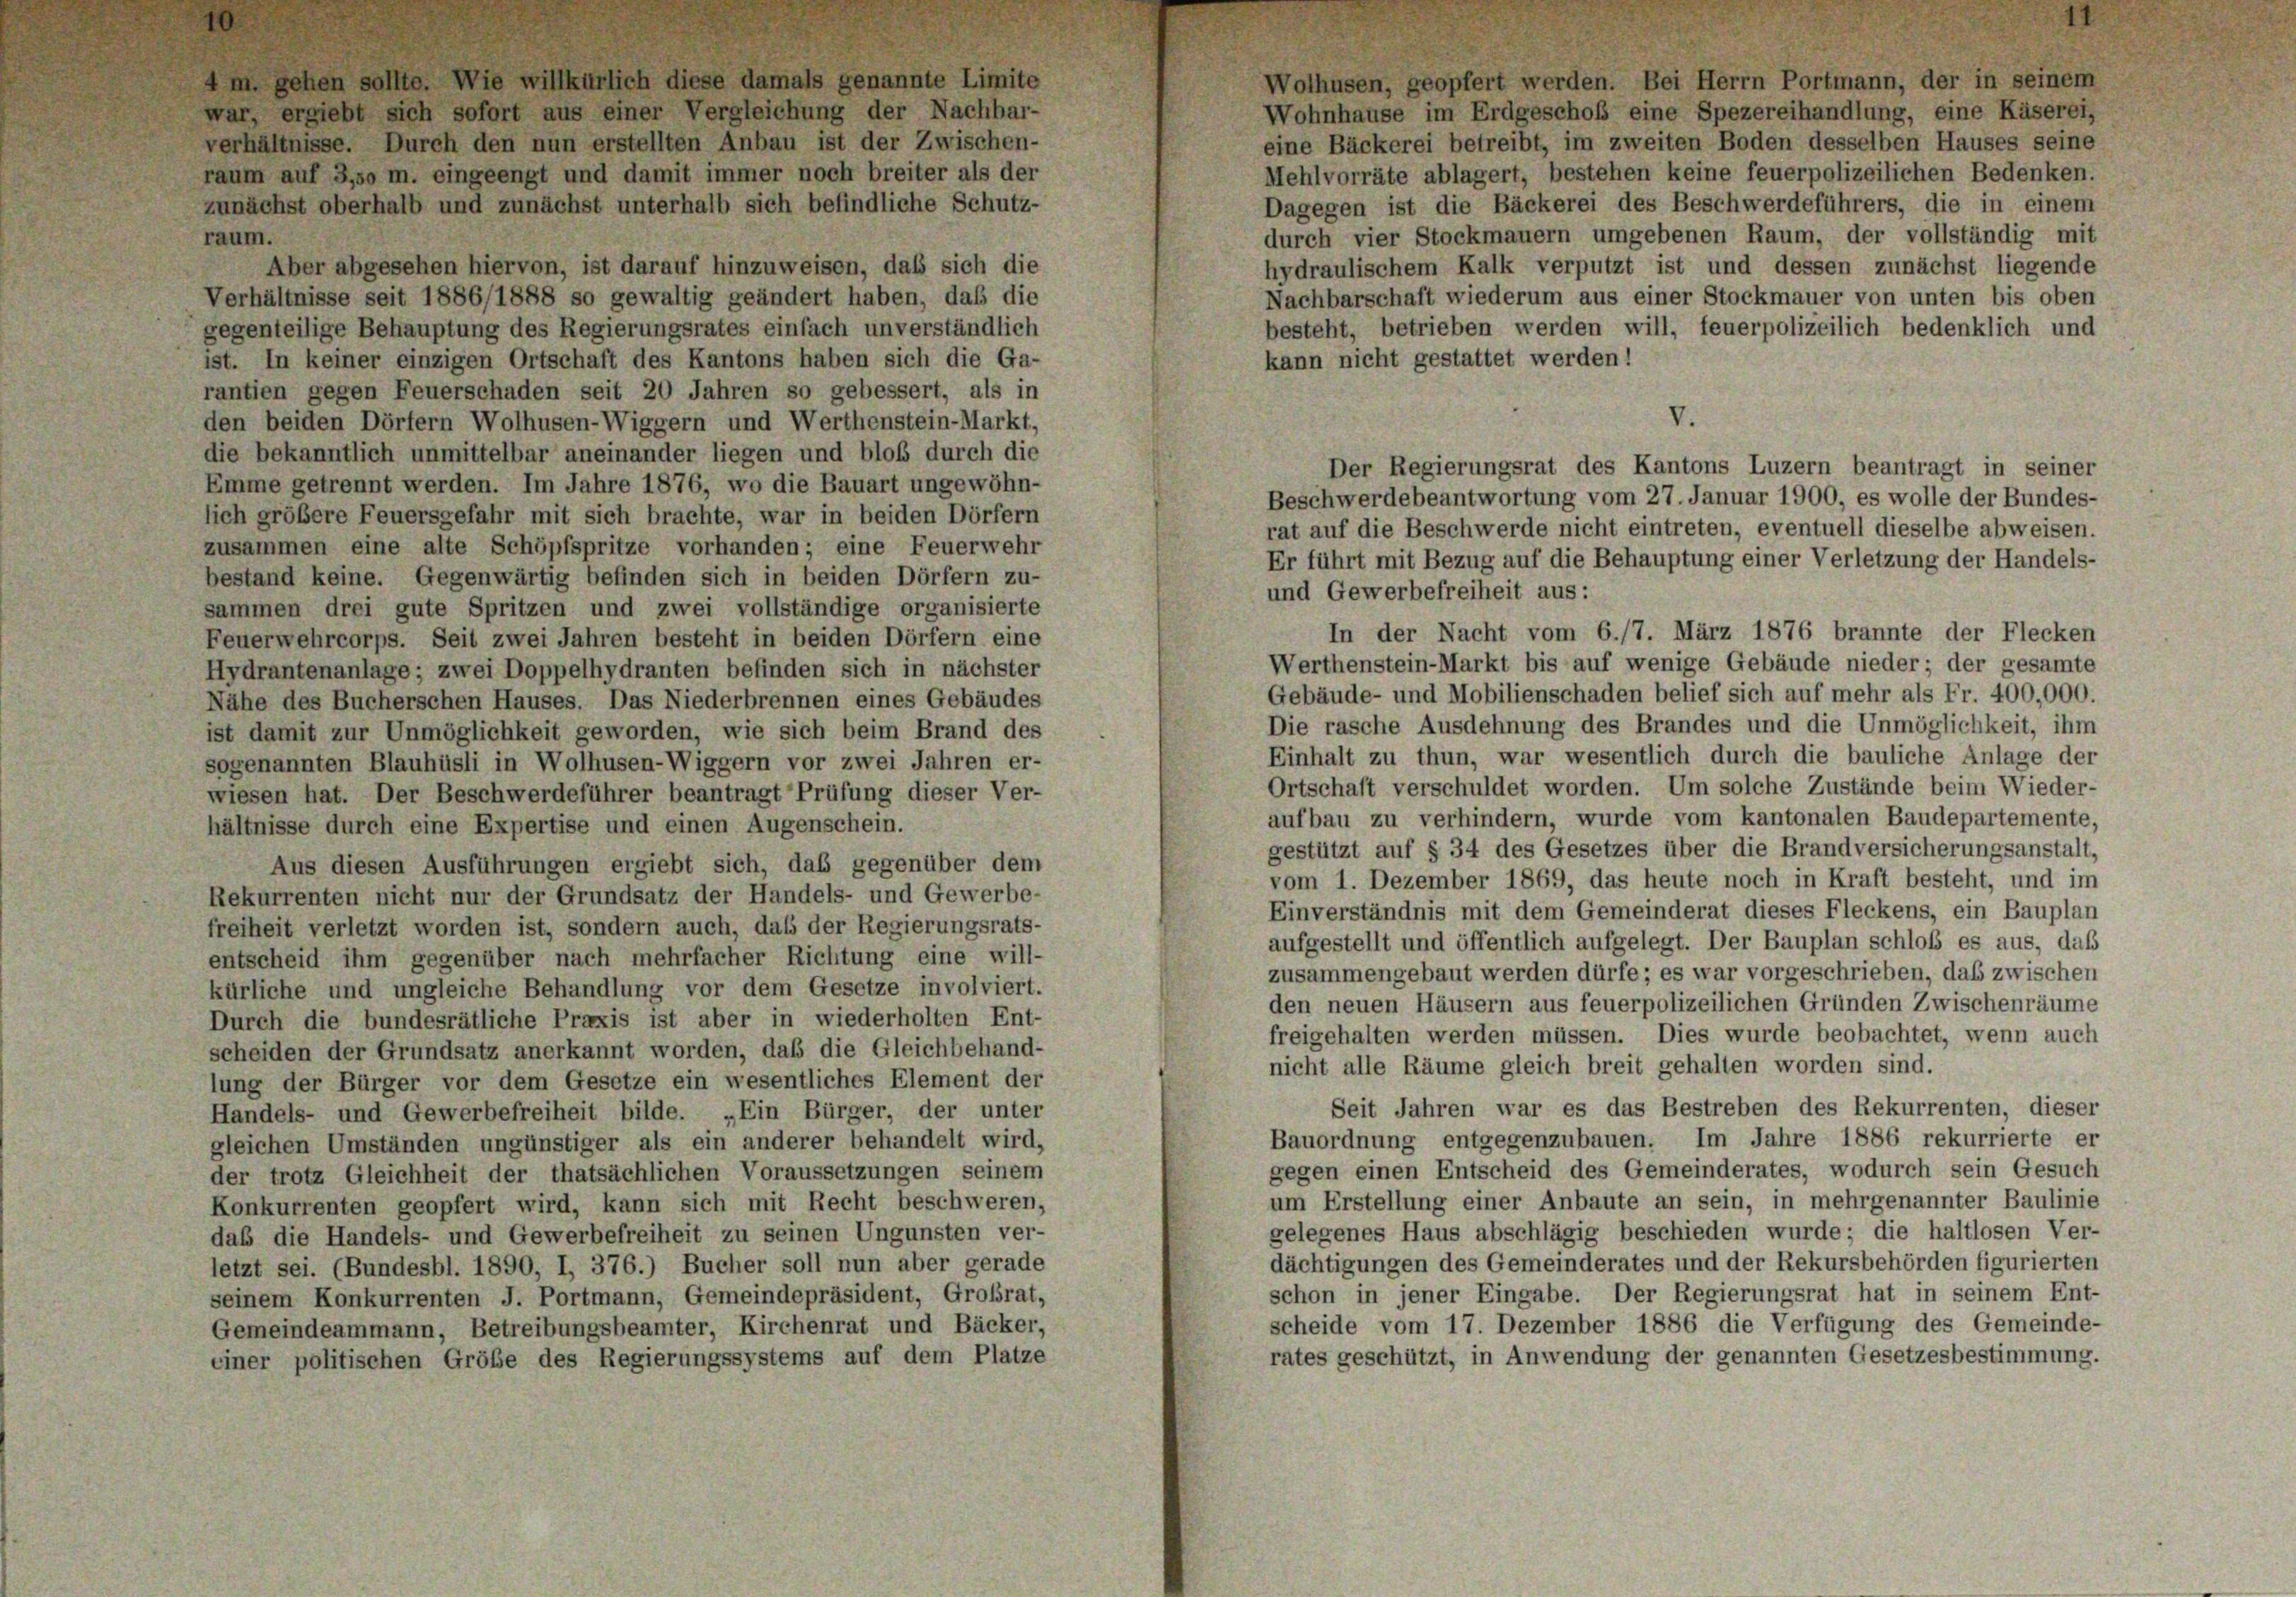
4 m. gehen sollte. Wie willkürlich diese damals genannte Limite
Wolhusen, geopfert werden. Bei Herrn Portmann, der in seinem
war, ergiebt sich sofort aus einer Vergleichung der Nachbar-
Wohnhause im Erdgeschoß eine Spezereihandlung, eine Käserei,
eine Bäckerei betreibt, im zweiten Boden desselben Hauses seine
verhältnisse. Durch den nun erstellten Anbau ist der Zwischen-
Mehlvorräte ablagert, bestehen keine feuerpolizeilichen Bedenken.
raum auf 3,50 m. eingeengt und damit immer noch breiter als der
Dagegen ist die Bäckerei des Beschwerdeführers, die in einem
zunächst oberhalb und zunächst unterhalb sich befindliche Schutz-
durch vier Stockmauern umgebenen Raum, der vollständig mit
raum.
Aber abgesehen hiervon, ist darauf hinzuweisen, daß sich die
hydraulischem Kalk verputzt ist und dessen zunächst liegende
Nachbarschaft wiederum aus einer Stockmauer von unten bis oben
Verhältnisse seit 1886/1888 so gewaltig geändert haben, daß die
besteht, betrieben werden will, feuerpolizeilich bedenklich und
gegenteilige Behauptung des Regierungsrates einfach unverständlich
kann nicht gestattet werden!
ist. In keiner einzigen Ortschaft des Kantons haben sich die Ga-
rantien gegen Feuerschaden seit 20 Jahren so gebessert, als in
den beiden Dörfern Wolhusen-Wiggern und Werthenstein-Markt,
die bekanntlich unmittelbar aneinander liegen und bloß durch die
Emme getrennt werden. Im Jahre 1876, wo die Bauart ungewöhn-
Beschwerdebeantwortung vom 27. Januar 1900, es wolle der Bundes-
lich größere Feuersgefahr mit sich brachte, war in beiden Dörfern
rat auf die Beschwerde nicht eintreten, eventuell dieselbe abweisen.
zusammen eine alte Schöpfspritze vorhanden; eine Feuerwehr
Er führt mit Bezug auf die Behauptung einer Verletzung der Handels-
bestand keine. Gegenwärtig befinden sich in beiden Dörfern zu-
und Gewerbefreiheit aus:
sammen drei gute Spritzen und zwei vollständige organisierte
In der Nacht vom 6./7. März 1876 brannte der Flecken
Feuerwehrcorps. Seit zwei Jahren besteht in beiden Dörfern eine
Werthenstein-Markt bis auf wenige Gebäude nieder; der gesamte
Hydrantenanlage; zwei Doppelhydranten befinden sich in nächster
Gebäude- und Mobilienschaden belief sich auf mehr als Fr. 400,000.
Nähe des Bucherschen Hauses. Das Niederbrennen eines Gebäudes
Die rasche Ausdehnung des Brandes und die Unmöglichkeit, ihm
ist damit zur Unmöglichkeit geworden, wie sich beim Brand des
Einhalt zu thun, war wesentlich durch die bauliche Anlage der
sogenannten Blauhüsli in Wolhusen-Wiggern vor zwei Jahren er-
Ortschaft verschuldet worden. Um solche Zustände beim Wieder-
wiesen hat. Der Beschwerdeführer beantragt Prüfung dieser Ver-
aufbau zu verhindern, wurde vom kantonalen Baudepartemente,
hältnisse durch eine Expertise und einen Augenschein.
gestützt auf § 34 des Gesetzes über die Brandversicherungsanstalt,
Aus diesen Ausführungen ergiebt sich, das gegenüber dem
vom 1. Dezember 1869, das heute noch in Kraft besteht, und im
Rekurrenten nicht nur der Grundsatz der Handels- und Gewerbe-
Einverständnis mit dem Gemeinderat dieses Fleckens, ein Bauplan
freiheit verletzt worden ist, sondern auch, das der Regierungsrats-
aufgestellt und öffentlich aufgelegt. Der Bauplan schloß es aus, daß
entscheid ihm gegenüber nach mehrfacher Richtung eine will-
zusammengebaut werden dürfe; es war vorgeschrieben, daß zwischen
kürliche und ungleiche Behandlung vor dem Gesetze involviert.
den neuen Häusern aus feuerpolizeilichen Gründen Zwischenräume
Durch die bundesrätliche Praxis ist aber in wiederholten Ent-
freigehalten werden müssen. Dies wurde beobachtet, wenn auch
scheiden der Grundsatz anerkannt worden, daß die Gleichbehand-
nicht alle Räume gleich breit gehalten worden sind.
lung der Bürger vor dem Gesetze ein wesentliches Element der
Seit Jahren war es das Bestreben des Rekurrenten, dieser
Handels- und Gewerbefreiheit bilde. „Ein Bürger, der unter
Bauordnung entgegenzubauen. Im Jahre 1886 rekurrierte er
gleichen Umständen ungünstiger als ein anderer behandelt wird,
gegen einen Entscheid des Gemeinderates, wodurch sein Gesuch
der trotz Gleichheit der thatsächlichen Voraussetzungen seinem
um Erstellung einer Anbaute an sein, in mehrgenannter Baulinie
Konkurrenten geopfert wird, kann sich mit Recht beschweren,
gelegenes Haus abschlägig beschieden wurde; die haltlosen Ver-
daß die Handels- und Gewerbefreiheit zu seinen Ungunsten ver-
dächtigungen des Gemeinderates und der Rekursbehörden figurierten
letzt sei. (Bundesbl. 1890, I, 376.) Bucher soll nun aber gerade
schon in jener Eingabe. Der Regierungsrat hat in seinem Ent-
seinem Konkurrenten J. Portmann, Gemeindepräsident, Großrat,
scheide vom 17. Dezember 1886 die Verfügung des Gemeinde-
Gemeindeammann, Betreibungsbeamter, Kirchenrat und Bäcker,
rates geschützt, in Anwendung der genannten Gesetzesbestimmung.
einer politischen Größe des Regierungssystems auf dem Platze

V.
Der Regierungsrat des Kantons Luzern beantragt in seiner